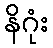
နိဂုံး